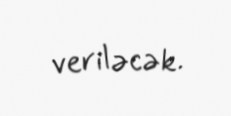
veriləcək.